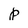
Character: p